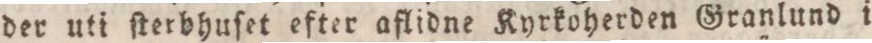
der uti ſterbhuſet efter aflidne Kyrkoherden Granlund i